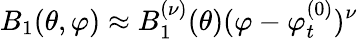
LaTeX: B_{1}(\theta,\varphi)\approx B_{1}^{(\nu)}(\theta)(\varphi-\varphi_{t}^{(0)})^{\nu}